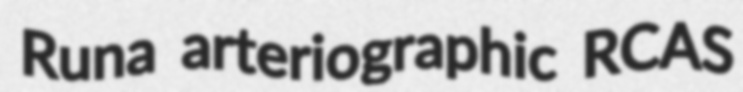
Runa arteriographic RCAS